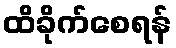
ထိခိုက်စေရန်